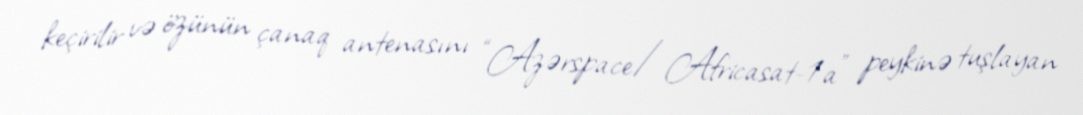
keçirilir və özünün çanaq antenasını “Azərspace/Africasat-1a” peykinə tuşlayan